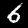
Label: 6